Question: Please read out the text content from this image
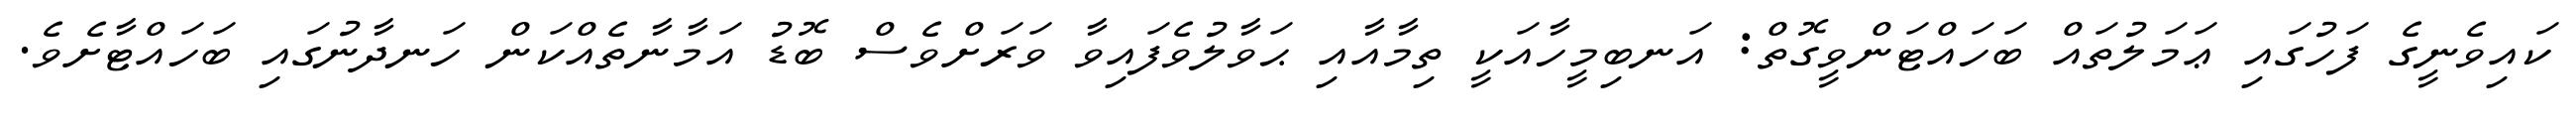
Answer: ކައިވެނީގެ ފަހުގައި ޢަމަލުތައް ބަހައްޓަންވީގޮތް: އަނބިމީހާއަކީ ތިމާއާއި ޙަވާލުވެފައިވާ ވަރަށްވެސް ބޮޑު އަމާނާތެއްކަން ހަނދާނުގައި ބަހައްޓާށެވެ.